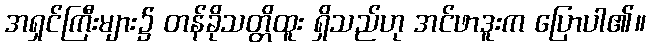
အရှင်ကြီးများ၌ တန်ခိုသတ္တိထူး ရှိသည်ဟု အင်ဖာဒူးက ပြောပါ၏။